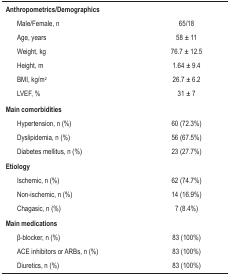
| Anthropometrics/Demographics |  |
 | --- | --- |
 | Male/Female, n | 65/18 |
 | Age, years | 58 ± 11 |
 | Weight, kg | 76.7 ± 12.5 |
 | Height, m | 1.64 ± 9.4 |
 | BMI, kg/m2 | 26.7 ± 6.2 |
 | LVEF, % | 31 ± 7 |
 | Main comorbidities |  |
 | Hypertension, n (%) | 60 (72.3%) |
 | Dyslipidemia, n (%) | 56 (67.5%) |
 | Diabetes mellitus, n (%) | 23 (27.7%) |
 | Etiology |  |
 | Ischemic, n (%) | 62 (74.7%) |
 | Non-ischemic, n (%) | 14 (16.9%) |
 | Chagasic, n (%) | 7 (8.4%) |
 | Main medications |  |
 | β-blocker, n (%) | 83 (100%) |
 | ACE inhibitors or ARBs, n (%) | 83 (100%) |
 | Diuretics, n (%) | 83 (100%) |